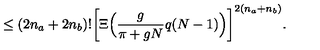
\leq ( 2 n _ { a } + 2 n _ { b } ) ! \bigg [ \Xi \Big ( \frac { g } { \pi + g N } q ( N - 1 ) \Big ) \bigg ] ^ { 2 ( n _ { a } + n _ { b } ) } .